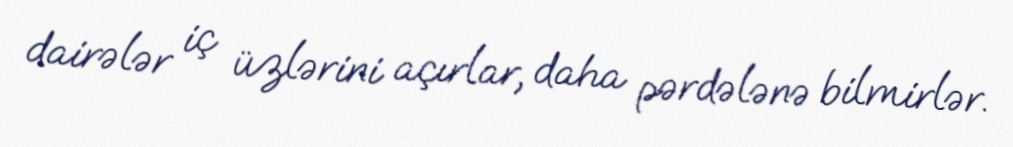
dairələr iç üzlərini açırlar, daha pərdələnə bilmirlər.